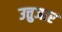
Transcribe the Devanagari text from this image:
उत्तुजार